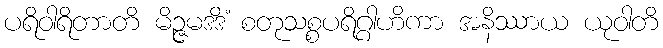
ပရိဝါရိတာတိ မိဉ္ဇမဒဒိံ စတုသစ္စပရိဂ္ဂါဟိကာ အနိဿာယ ယုဝါတိ